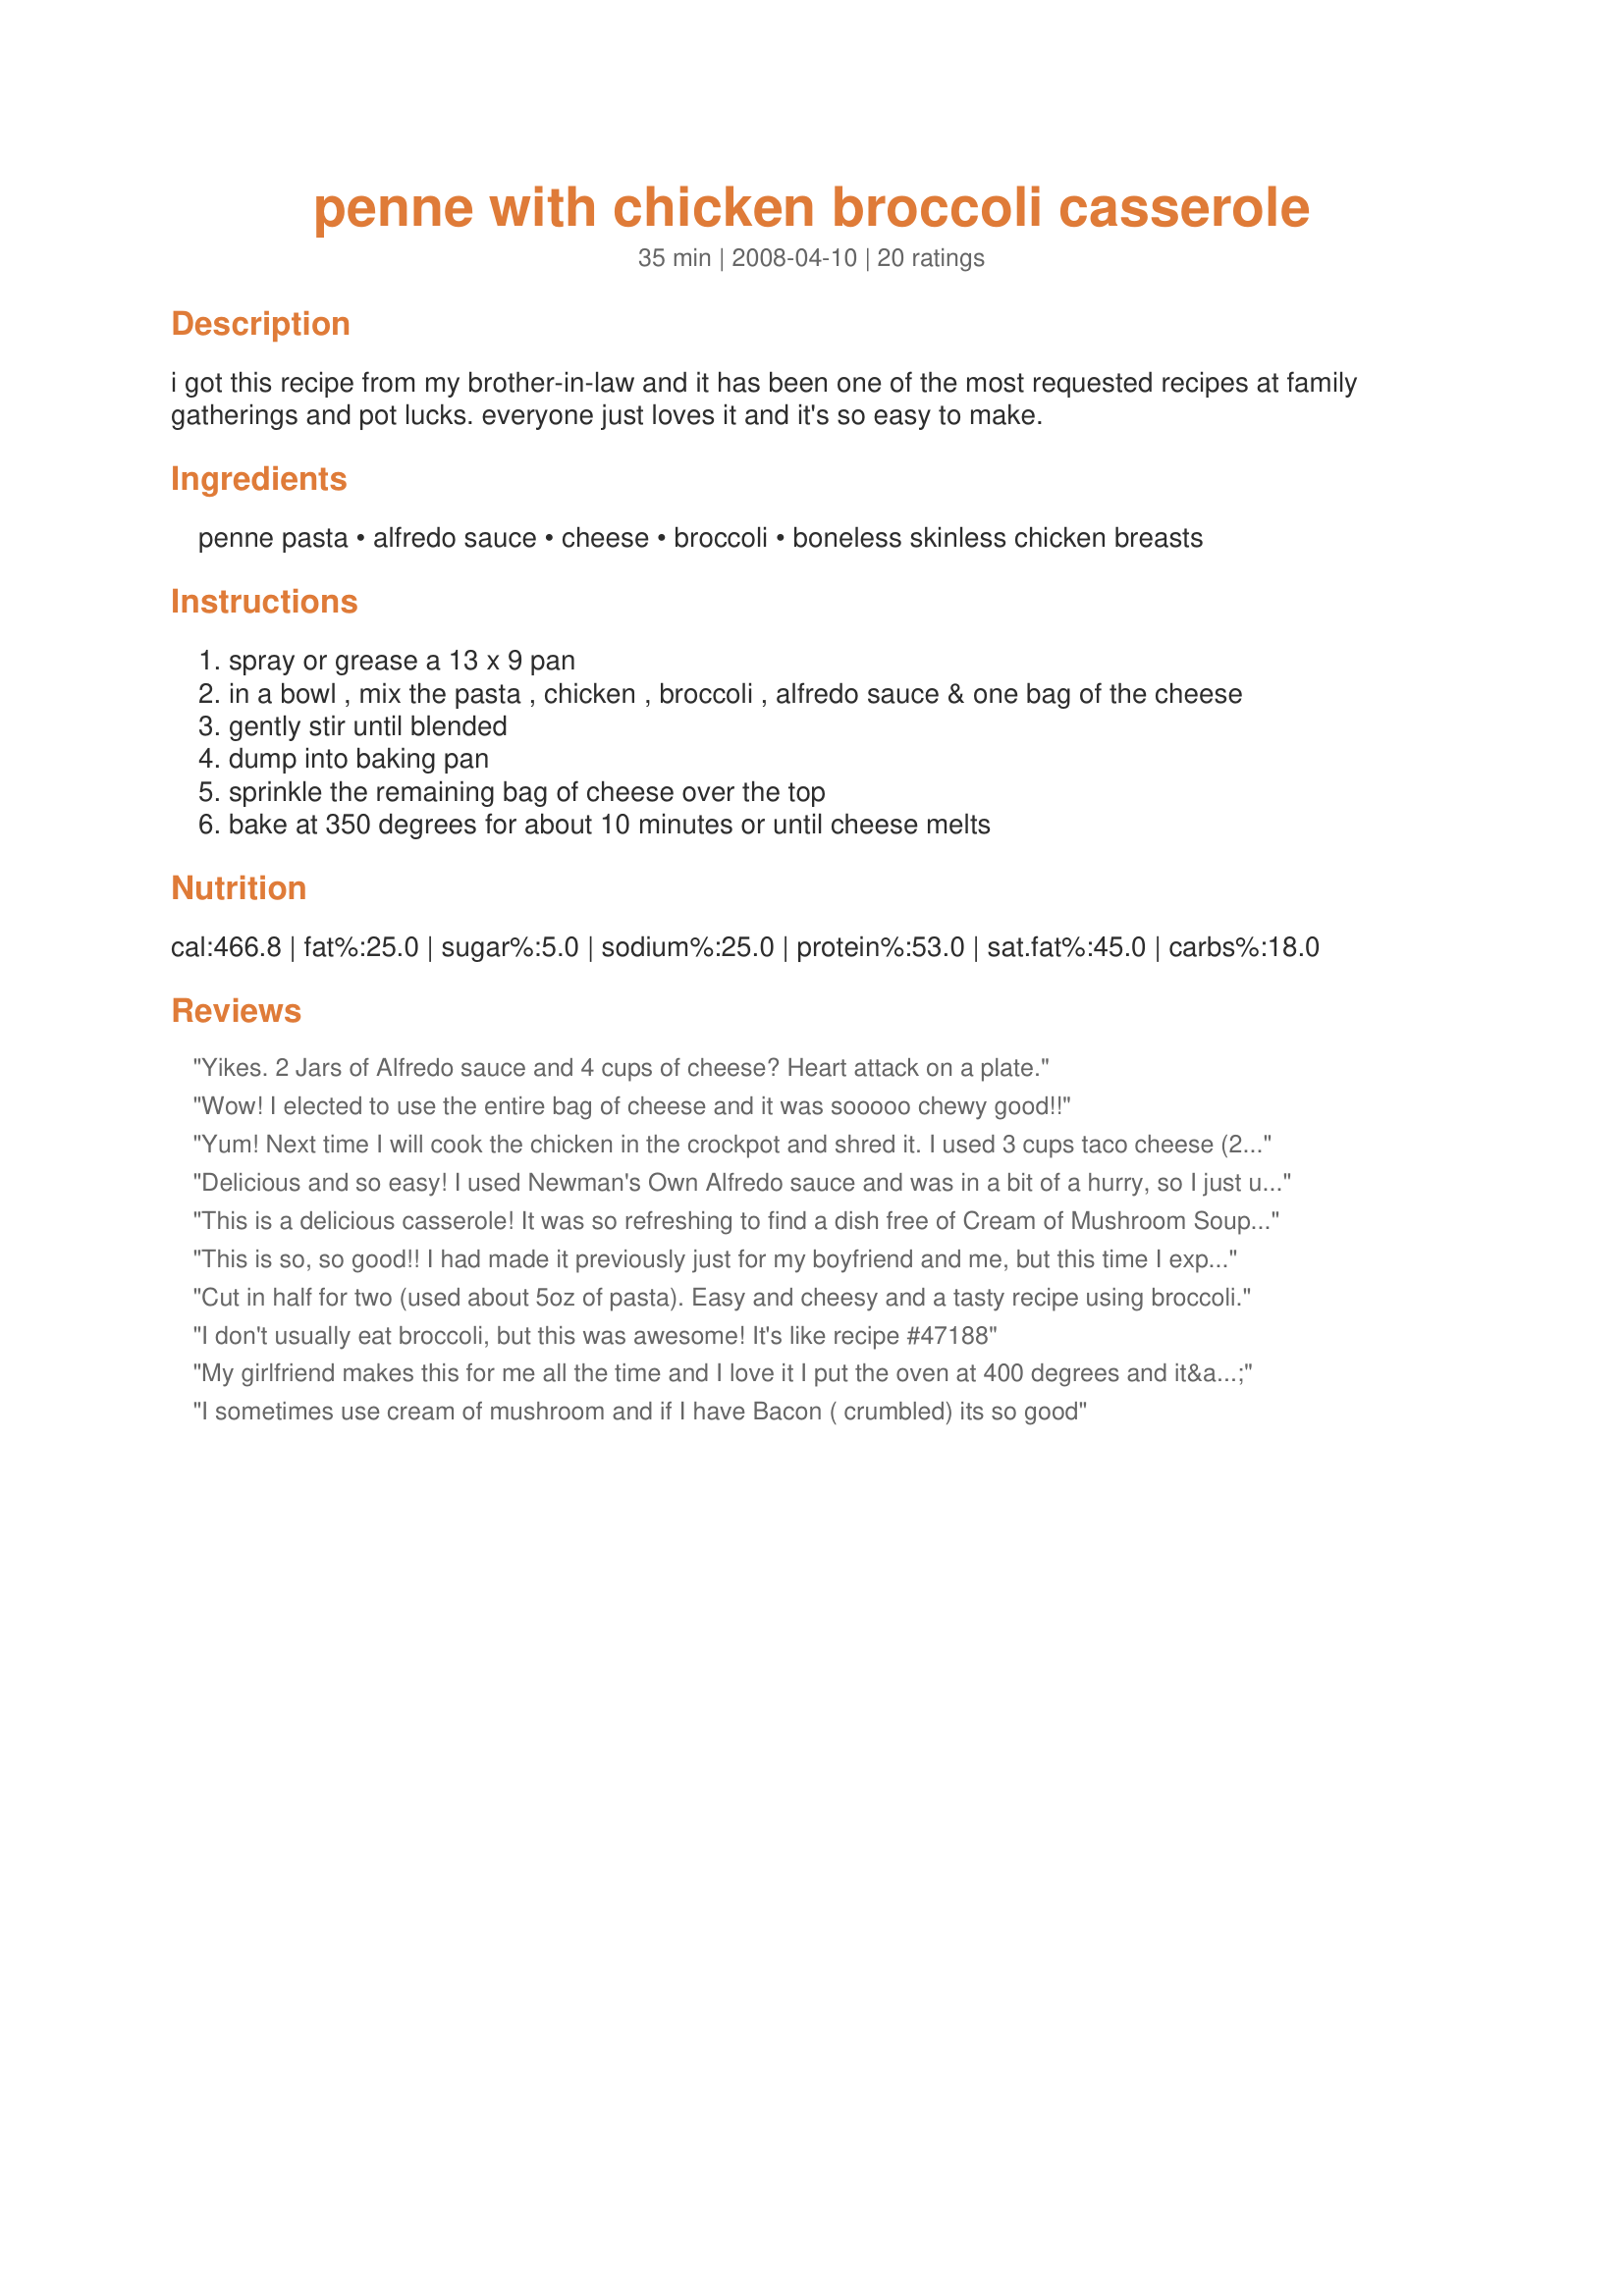
penne with chicken broccoli casserole
Preparation time: 35 minutes

i got this recipe from my brother-in-law and it has been one of the most requested recipes at family gatherings and pot lucks. everyone just loves it and it's so easy to make.

Ingredients:
penne pasta, alfredo sauce, cheese, broccoli, boneless skinless chicken breasts

Steps:
spray or grease a 13 x 9 pan
in a bowl , mix the pasta , chicken , broccoli , alfredo sauce & one bag of the cheese
gently stir until blended
dump into baking pan
sprinkle the remaining bag of cheese over the top
bake at 350 degrees for about 10 minutes or until cheese melts

Reviews:
Yikes. 2 Jars of Alfredo sauce and 4 cups of cheese? Heart attack on a plate.
Wow! I elected to use the entire bag of cheese and it was sooooo chewy good!!
Yum! Next time I will cook the chicken in the crockpot and shred it. I used 3 cups taco cheese (2 mixed in, 1 on top) and it was fine. I used frozen broccoli; next time I would use the whole 12 oz. bag. Delicious and made a bunch for leftovers. Thanks!
Delicious and so easy! I used Newman's Own Alfredo sauce and was in a bit of a hurry, so I just used frozen baby florets of broccoli - which worked just fine. I didn't use the 4-cheese Mexican blend, but instead decided on Parmesan cheese. I also did not use nearly as much cheese (maybe not even half) and it was still great! I will definitely be making this recipe again. Thank you for sharing!
This is a delicious casserole! It was so refreshing to find a dish free of Cream of Mushroom Soup that still had that creamy cheesy flavor. I used a homemade Alfredo sauce recipe that was absolutely fabulous! (http://www.recipezaar.com/recipe/Alfredo-Sauce-Using-Soup-or-Sauce-Mix-243909) I think this casserole was well worth my time and effort.
This is so, so good!! I had made it previously just for my boyfriend and me, but this time I expanded the recipe to accommodate six for a post-Christmas party. I only use Bertoli Alfredo sauce, I use frozen broccoli and I use 11-13 chicken tenderloins instead of breasts (so much cheaper than that many breasts!). Everyone, even the kids, had seconds. This will definitely join my homemade cookbook.
Cut in half for two (used about 5oz of pasta). Easy and cheesy and a tasty recipe using broccoli.
I don't usually eat broccoli, but this was awesome! It's like recipe #47188
My girlfriend makes this for me all the time and I love it I put the oven at 400 degrees and it&#039;s still the same after it is done baking still tastes very good
I sometimes use cream of mushroom and if I have Bacon ( crumbled) its so good
Hello there! I made this last night for my sweetie and I! It was a great week night meal! I didn't have any jarred alfredo, and I even went to the store especially for that. BUT, that was the one thing I forgot on my list. Isn't that the way it always works. I made the alfredo sauce starting out with a roux, then added milk, seasonings and cheese. The sauce turned out great, but I really wanted to make the recipe the way you had it. It was getting late, and I didn't want to run back to the store. The only other thing I did different was to sprinkle italian seasoning on top of the casserole. I served this with tossed salad and whole grain bread-n-butter. This was made for Spring PAC 2009. Thank you, Patti for a great meal! :)
Delicious! My husband said this is the best meal I have made yet! I seasoned the chicken with Garlic Powder, next time I will season it more, it tasted a little bland. I will be making this again! :)
I did not have penne so I used bow tie pasta and fresh veggies. I also only used 1 jar of the alfredo sauce and only 2 cups of cheese. I sprinkled the top with oregano and some fresh pepper. This was a huge hit and reheated so well the next night in the oven. Thank you for posting such a great quick supper recipe.
This was a fun and relatively easy recipe. I made my own alfredo sauce, but that aside I followed as directed. It was tastey and made good left overs.
I don't usually like casseroles, but I had most of the ingredients in the house so decided to try it. It was very, very good. I had some large chunks of good quality frozen broccoli, that I just added to the pasta the last five minutes of cooking, and it turned out perfectly. Used some fajita spiced store-bought chicken, which gave it a little kick.
Delicious, easy...and did I mention delicious? It looks amazing and tastes even better. And my husband LOVED it! This is definitely going on my list of regular recipes.
I just made this very easy. Waiting to come out of oven added ten mins to oven time, like cheese to get dark golden brown around edges. Wil repost after eating.
This is yummy! It was easy and my husband even rated it a 5! I used Classico Alfredo Sauce and I seasoned the chicken with garlic, salt and pepper. I didn&#039;t use the full amount of cheese on the top, but it was just right. I will definitely make this again!!
Delicious! I halved the recipe and found there to be no problems. Will be making this again and again. Thanks Patti C for a fabulous recipe.
This casserole was great! I only made half the recipe and I used pre-cooked chicken. It was delicious and my three daughters loved it. I will definitely make again!
